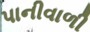
પાનીવાળી